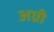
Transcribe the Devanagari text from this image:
अग्री